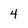
Character: 4